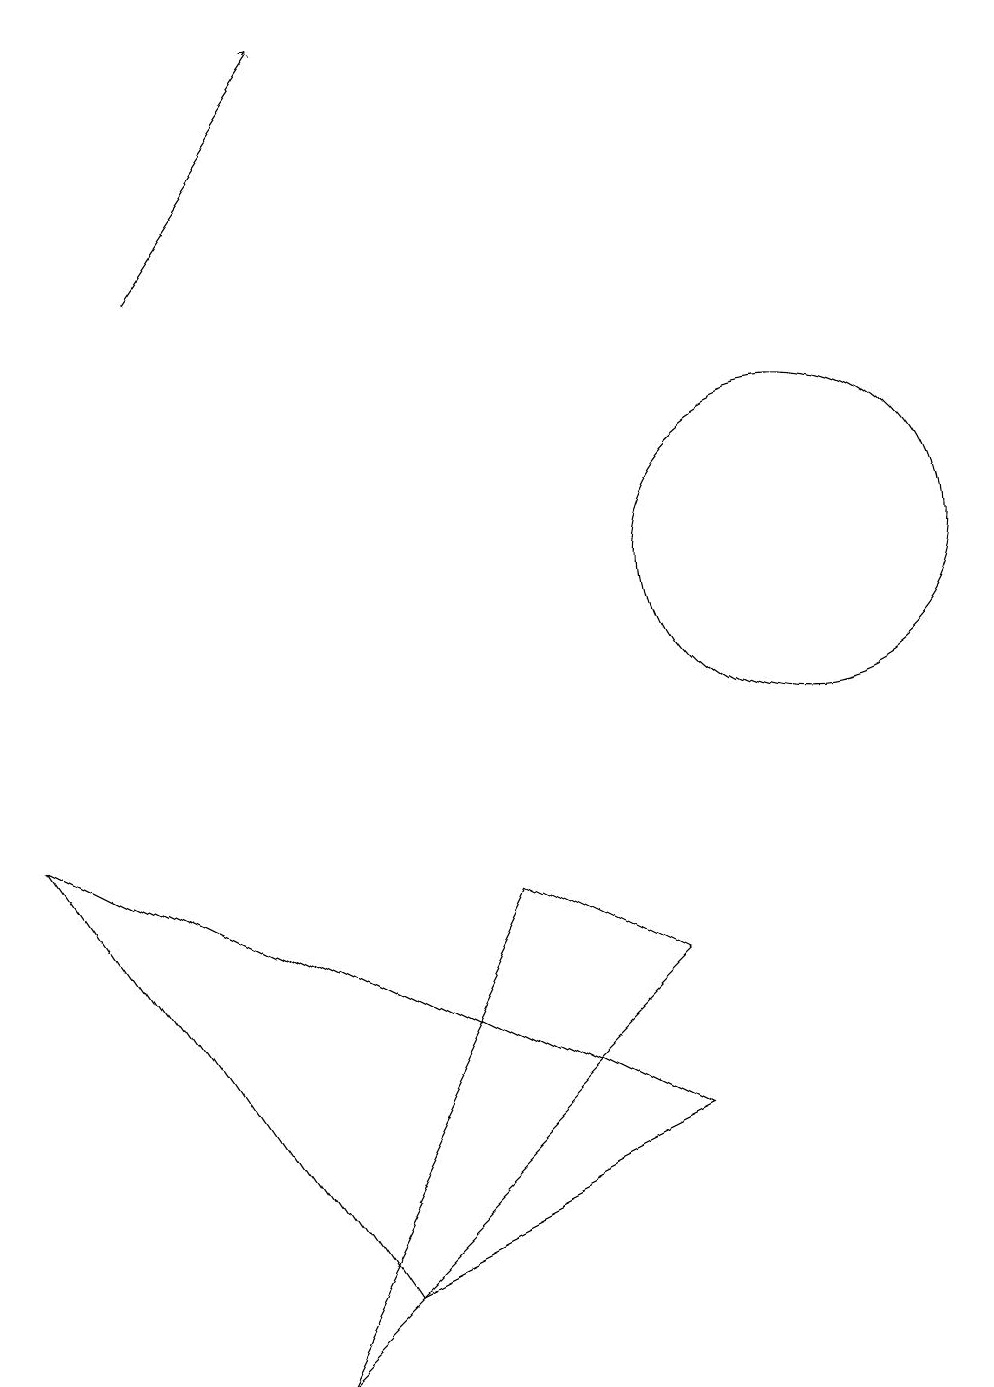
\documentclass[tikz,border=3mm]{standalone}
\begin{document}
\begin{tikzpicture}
\draw (9,4) -- (1,8) -- (5,2) -- cycle;
\draw (11,11) circle (2);
\draw (4,1) -- (9,6) -- (7,7) -- cycle;
\draw[->] (3,15) -- (5,18);
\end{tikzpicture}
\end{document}